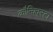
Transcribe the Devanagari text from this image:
कौन्क्विस्टा